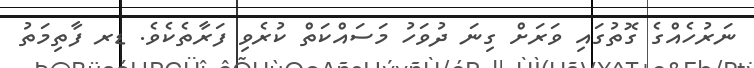
ނަރުހެއްގެ ގޮތުގައި ވަރަށް ގިނަ ދުވަހު މަސައްކަތް ކުރެވި ފަރާތެކެވެ. ޑރ ފާތިމަތު